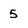
Character: S